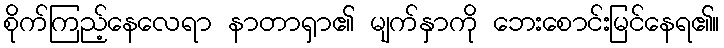
စိုက်ကြည့်နေလေရာ နာတာရှာ၏ မျက်နှာကို ဘေးစောင်းမြင်နေရ၏။